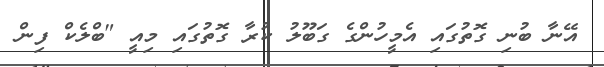
އޭނާ ބުނި ގޮތުގައި އެމީހުންގެ ގަބޫލު ކުރާ ގޮތުގައި މިއީ "ބްލެކް ފިން